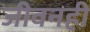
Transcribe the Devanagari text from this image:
जीवनही